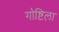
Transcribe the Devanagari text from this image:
गोष्टिला